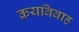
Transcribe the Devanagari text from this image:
क्रयविवाह